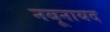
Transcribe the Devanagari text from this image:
नबूनायद